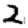
Digit: 2